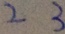
2 3